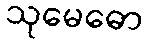
သုမေဓော